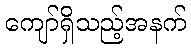
ကျော်ရှိသည့်အနက်